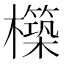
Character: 𭬬